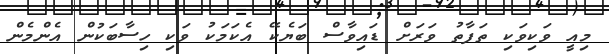
މިއީ ވަކިވަކި ތަފާތު ވަރަށް ޑައިވާސް ބަޔެކޭ އެކަމަކު ވަކި ހިސާބަކުން އެންމެން